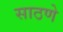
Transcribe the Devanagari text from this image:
साठणे